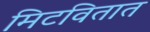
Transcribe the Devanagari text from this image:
मिटवितात